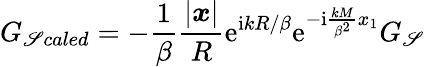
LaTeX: G_{\mathscr{S}caled}=-\frac{{1}}{{\beta}}\frac{{|\boldsymbol{x}|}}{{R}}\mathrm{{e}}^{\mathrm{{i}}kR/\beta}\mathrm{{e}}^{-\mathrm{{i}}\frac{{kM}}{{\beta^{2}}}x_{1}}G_{\mathscr{S}}